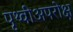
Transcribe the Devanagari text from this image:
पृथ्वीअपरोक्ष